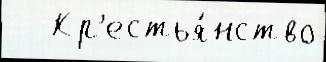
   Кр'естья́нство